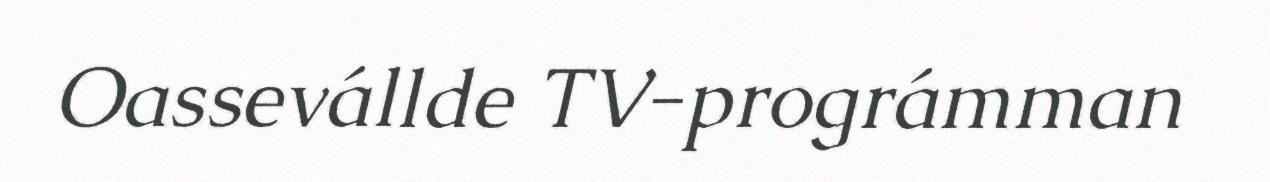
Oassevállde TV-prográmman